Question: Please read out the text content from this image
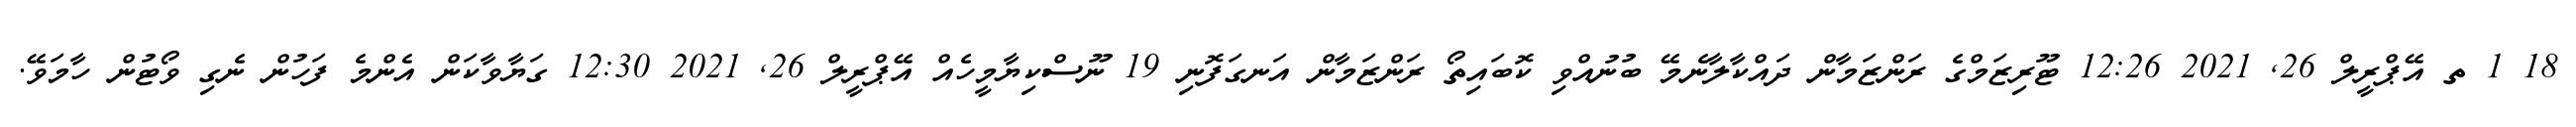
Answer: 18 1 ތ އޭޕްރީލް 26, 2021 12:26 ޓޫރިޒަމްގެ ރަންޒަމާން ދައްކާލާނެމޭ ބުނުއްވި ކޮބައިތޯ ރަންޒަމާން އަނގަފޮނި 19 ނޫސްކިޔާމީހެއް އޭޕްރީލް 26, 2021 12:30 ގަޔާވާކަން އެންމެ ފަހުން ނެގި ވޯޓުން ހާމަވޭ.